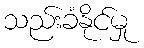
သည်းခံနိုင်မှု